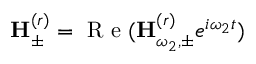
{ \bf H } _ { \pm } ^ { ( r ) } = \mathrm { ~ R ~ e ~ } ( { \bf H } _ { \omega _ { 2 } , \pm } ^ { ( r ) } e ^ { i \omega _ { 2 } t } )